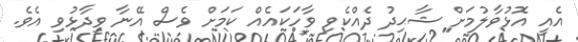
އެއީ އޮޅުވާލުމަށް ޝާޙިދު ދެއްކެވި ވާހަކައެއް ކަމަށް ވެސް އޭނާ ވިދާޅުވި އެވެ.